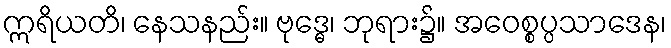
ဣရိယတိ၊ နေသနည်း။ ဗုဒ္ဓေ၊ ဘုရား၌။ အဝေစ္စပ္ပသာဒေန၊